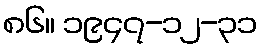
၈၆။ ၁၉၄၇-၁၂-၃၁